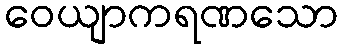
ဝေယျာကရဏသော